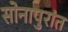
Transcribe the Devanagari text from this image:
सोनापुरांत